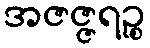
အဇဇ္ဇရဉ္စ